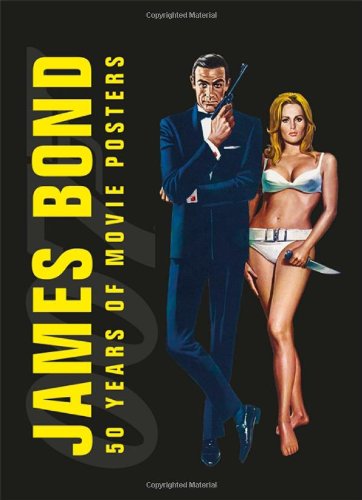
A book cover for James Bond: 50 Years of Movie Posters; DK Publishing; Arts & Photography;